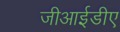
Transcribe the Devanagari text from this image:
जीआईडीए